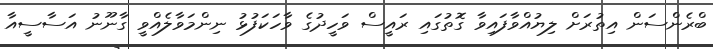
ބްރެންސަން އިތުރަށް ލިޔުއްވާފައިވާ ގޮތުގައި ރައީސް ވަހީދުގެ ވާހަކަފުޅު ނިންމަވާލެއްވީ ގާނޫނު އަސާސީއާ